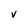
Character: V